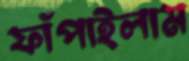
ফাঁপাইলাম